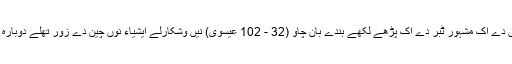
گروواں دے اک مشہور ٹبر دے اک پڑھے لکھے بندے بان چاو (32 - 102 عیسوی) نیں وشکارلے ایشیاء نوں چین دے زور تھلے دوبارہ لے آيا۔